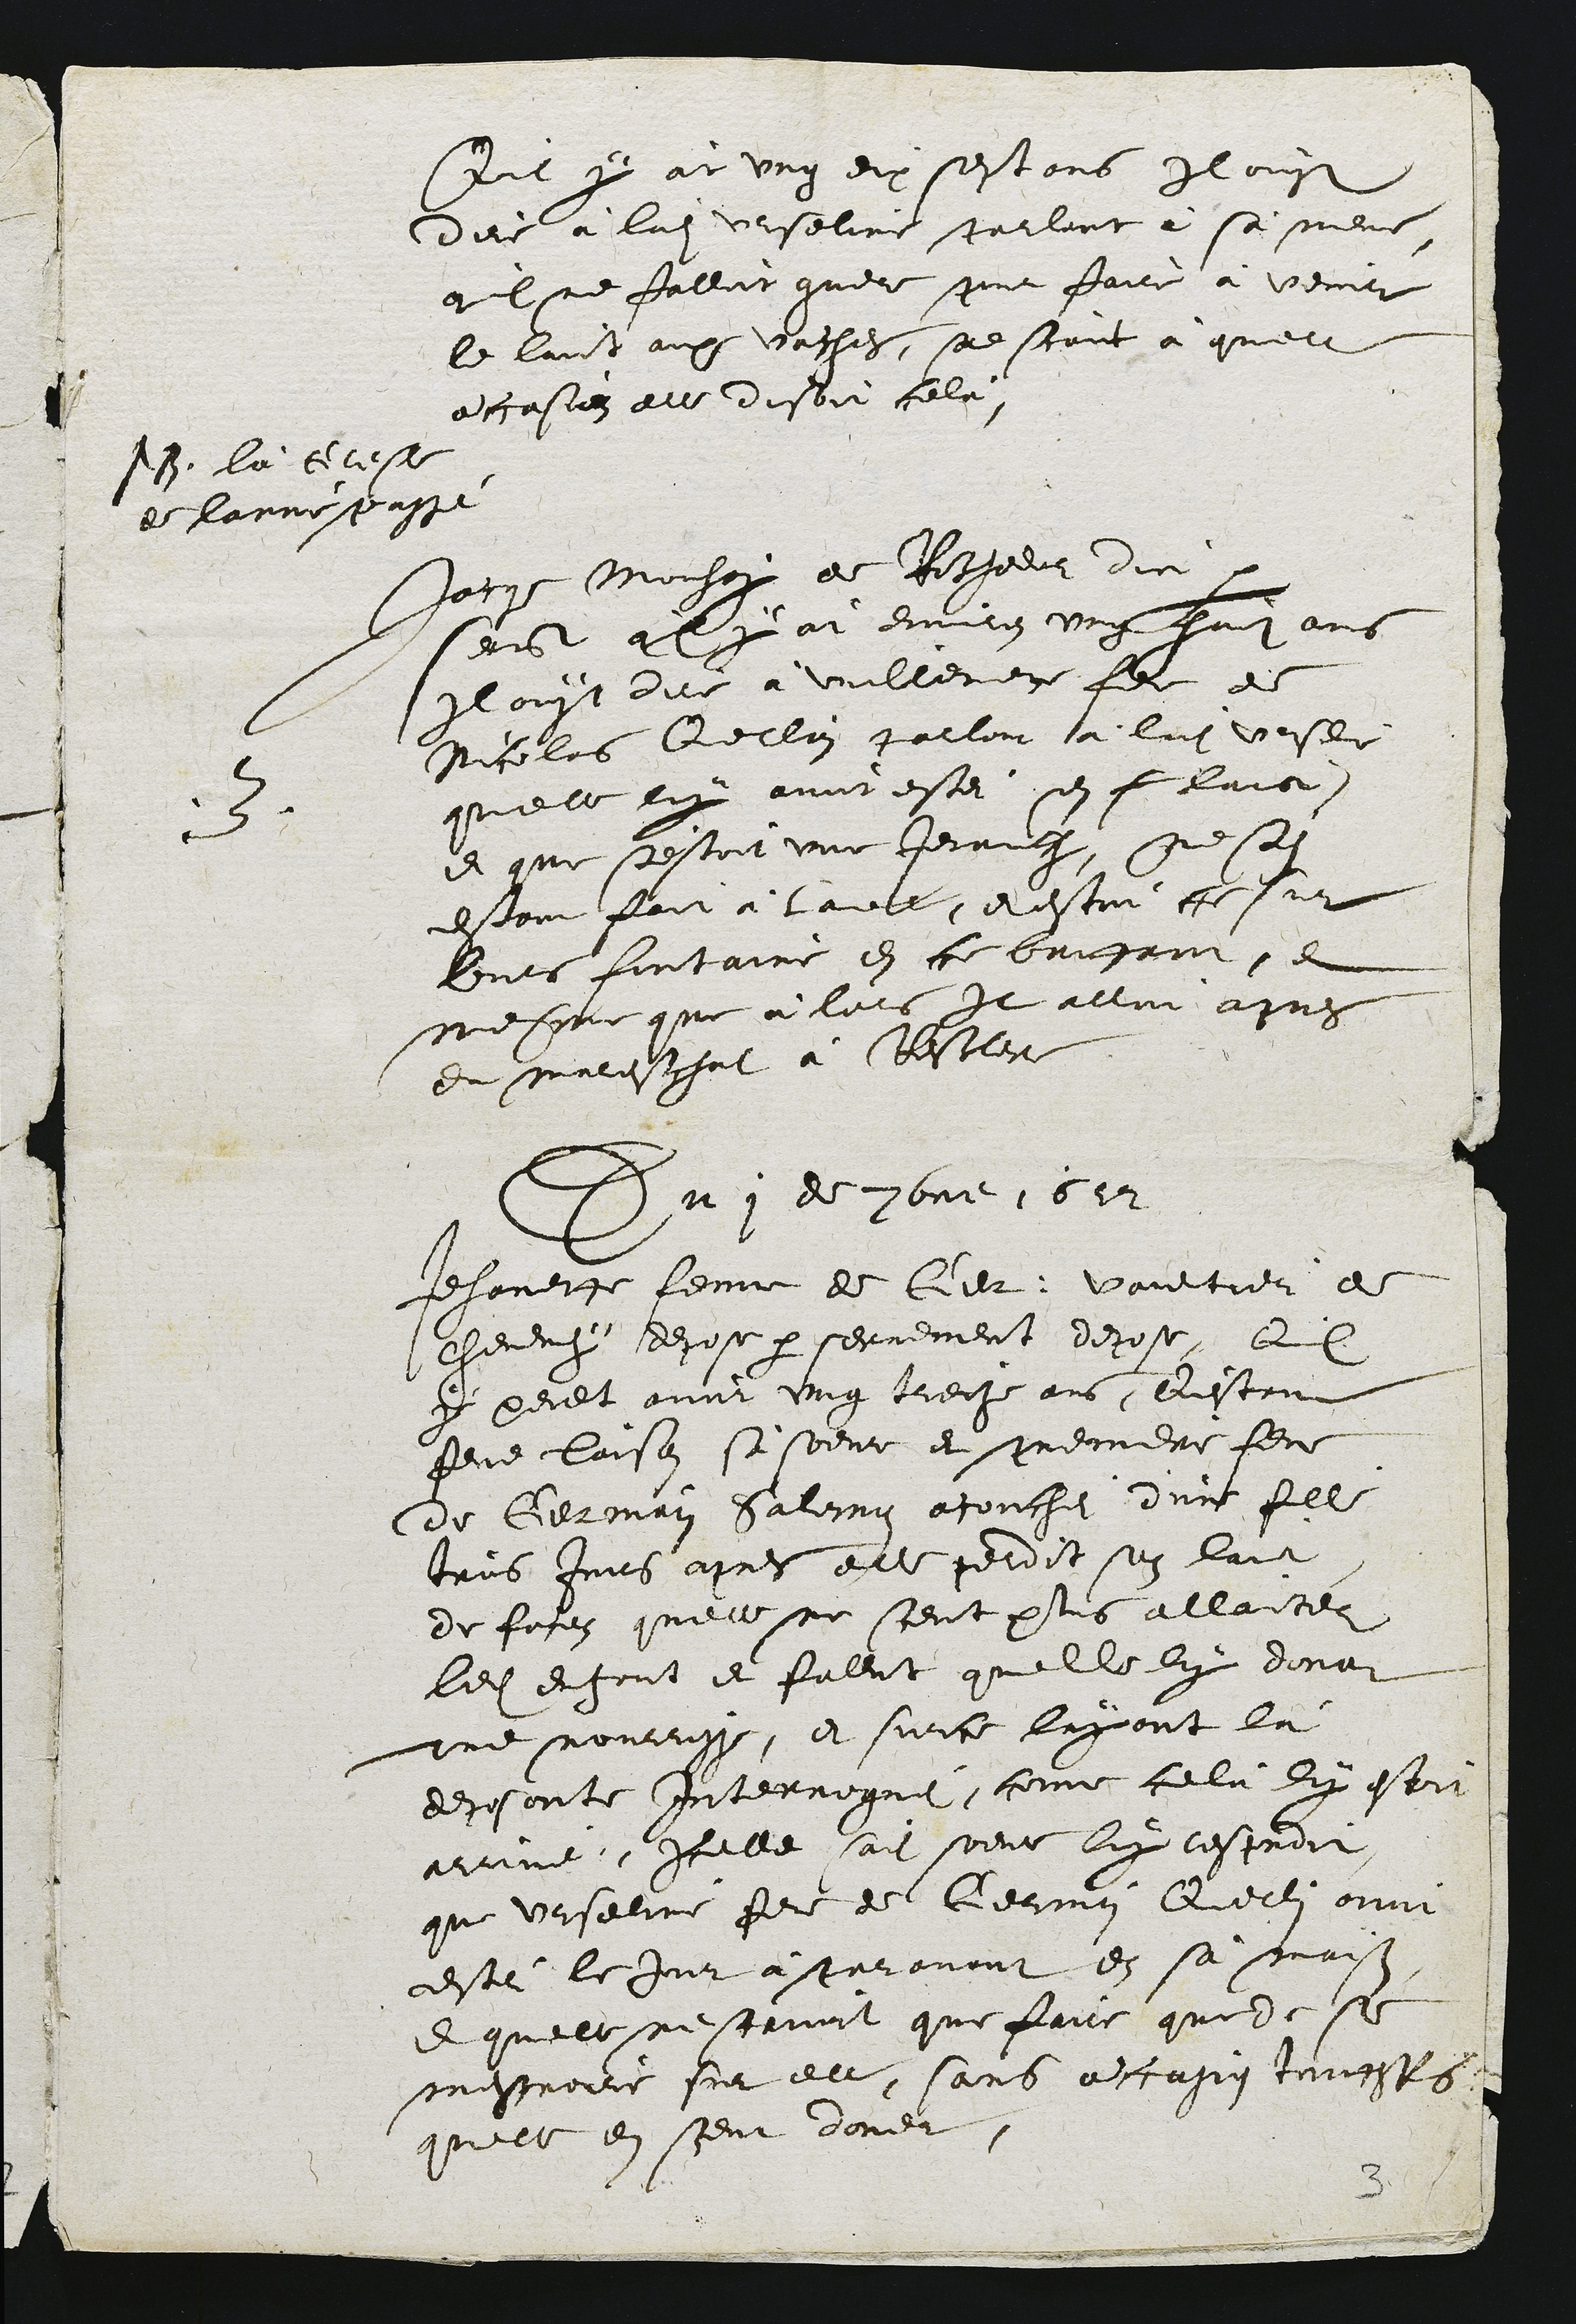
sant y àt ung dix sestans Il ouyt
dire à ladite Urseline parlant à sa mene,
qil ne falloit guere pour faire à venir
le laict aux vaches, sad scant à quelle
a casien elle disoit celà

N3 la Gcese
de lane prasse

5
Jacque Mouhoy de Rocheeur dict
saist qly àt environ ung fant ans
Il ouyt elle à vullenere flme de
Nicolas Querlain parlont à ladite vesle
quelle luy avoit estéi sen f laie,
et que s'estoit une Jenauche, ne sodite
estant fait a tavelle, et estoit ce uy
Gurs fontaine en ce baugant, et
mescomme que à lors Il alloit apres
du malisohot à Rescler

Du 1 de 3bme 1612

Jehanette feme de Cer, Vaultier e
chevenyy depose par serrement depose, Quil
y peult avoir ung treche ans restan
feue laison si soeur et premiere feme
de Germain Saleing acouchei d'une fille
tris Jurs apres elle perdit sen lait
de foren quelle ne scent plus allantes
ledit en font et fallut quelle luy dona
une nourrisse, et sur ce layant là
deposante Interroguéi, comme celu ly estoie
arrine, Icelle saite soeur luy lesproit
que Urseline fere de Germin Querlin avoit
esté le jour àsparavant en sa maisos
et quelle ne scavoit que faire que de se
mestroire sur llle, sans a casin touests
quelle en sceut doner

3